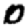
Digit: 0